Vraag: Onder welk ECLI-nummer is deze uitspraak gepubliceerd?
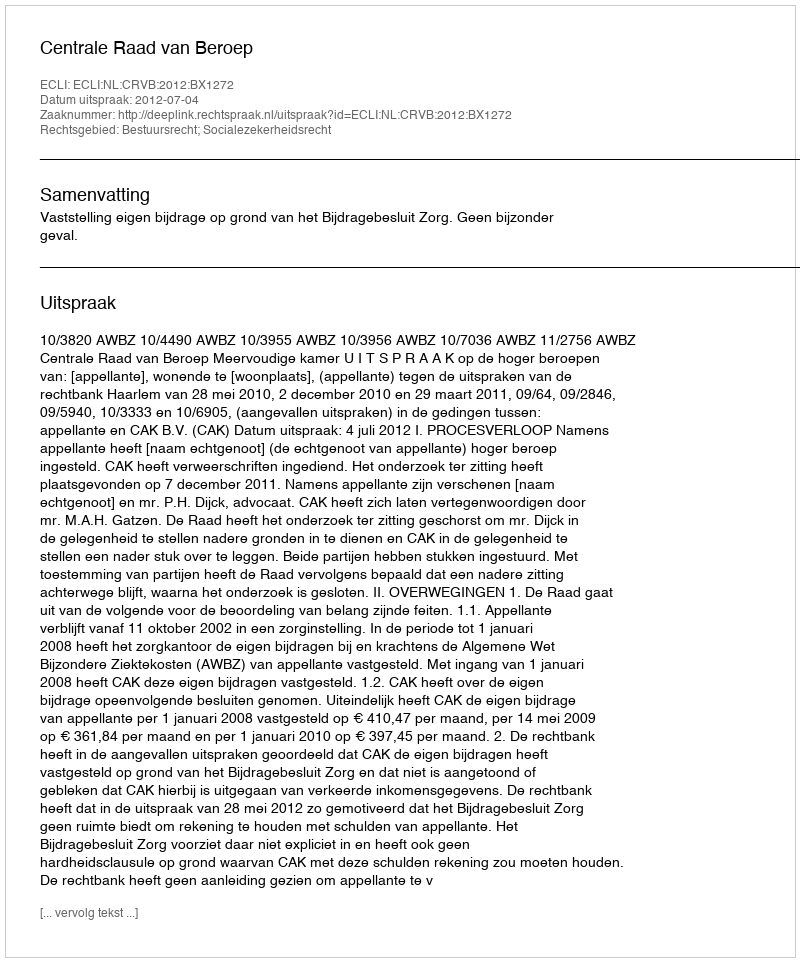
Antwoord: ECLI:NL:CRVB:2012:BX1272